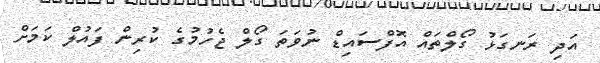
އަދި ރަނގަޅު ގޯލްތައް އޮފްސައިޑް ނުވަތަ ގޯލް ޖެހުމުގެ ކުރިން ފައުލް ކަމަށް